Causation and prevention of malarial fevers: a statement of the results of researches drawn up for the use of assistant surgeons, hospital assistants and students
Disease focus: Malaria
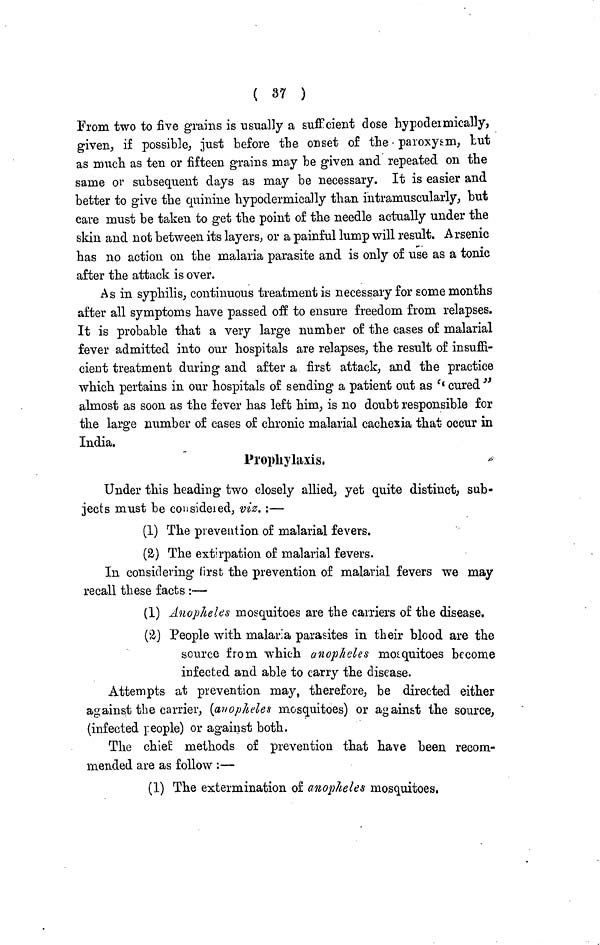
( 37 )
From two to five grains is usually a sufficient dose hypodermically,
given, if possible, just before the onset of the paroxysm, tut
as much as ten or fifteen grains may be given and repeated on the
same or subsequent days as may be necessary. It is easier and
better to give the quinine hypodermically than intramuscularly, but
care must be taken to get the point of the needle actually under the
skin and not between its layers, or a painful lump will result. Arsenic
has no action on the malaria parasite and is only of use as a tonic
after the attack is over.
As in syphilis, continuous treatment is necessary for some months
after all symptoms have passed off to ensure freedom from relapses.
It is probable that a very large number of the cases of malarial
fever admitted into our hospitals are relapses, the result of insuffi-
cient treatment during and after a first attack, and the practice
which pertains in our hospitals of sending a patient out as " cured "
almost as soon as the fever has left him, is no doubt responsible for
the large number of cases of chronic malarial cachexia that occur in
India.
Prophylaxis.
Under this heading two closely allied, yet quite distinct, sub-
jects must be considered, viz. :—
(1) The prevention of malarial fevers.
(2) The extirpation of malarial fevers.
In considering first the prevention of malarial fevers we may
recall these facts :—
(1) Anopheles mosquitoes are the carriers of the disease.
(2) People with malaria parasites in their blood are the
source from which anopheles mosquitoes become
infected and able to carry the disease.
Attempts at prevention may, therefore, be directed either
against the carrier, (anopheles mosquitoes) or against the source,
(infected people) or against both.
The chief methods of prevention that have been recom-
mended are as follow :—
(1) The extermination of anopheles mosquitoes,